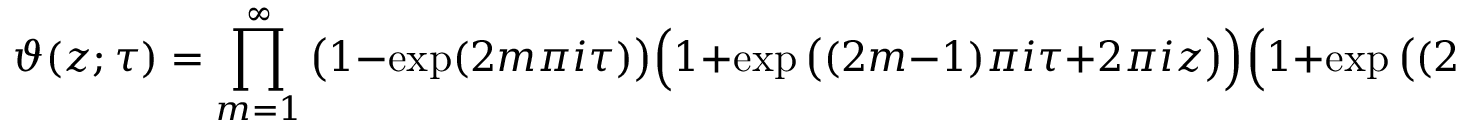
\vartheta ( z ; \tau ) = \prod _ { m = 1 } ^ { \infty } { \big ( } 1 - \exp ( 2 m \pi i \tau ) { \big ) } { \Big ( } 1 + \exp { \big ( } ( 2 m - 1 ) \pi i \tau + 2 \pi i z { \big ) } { \Big ) } { \Big ( } 1 + \exp { \big ( } ( 2 m - 1 ) \pi i \tau - 2 \pi i z { \big ) } { \Big ) } .